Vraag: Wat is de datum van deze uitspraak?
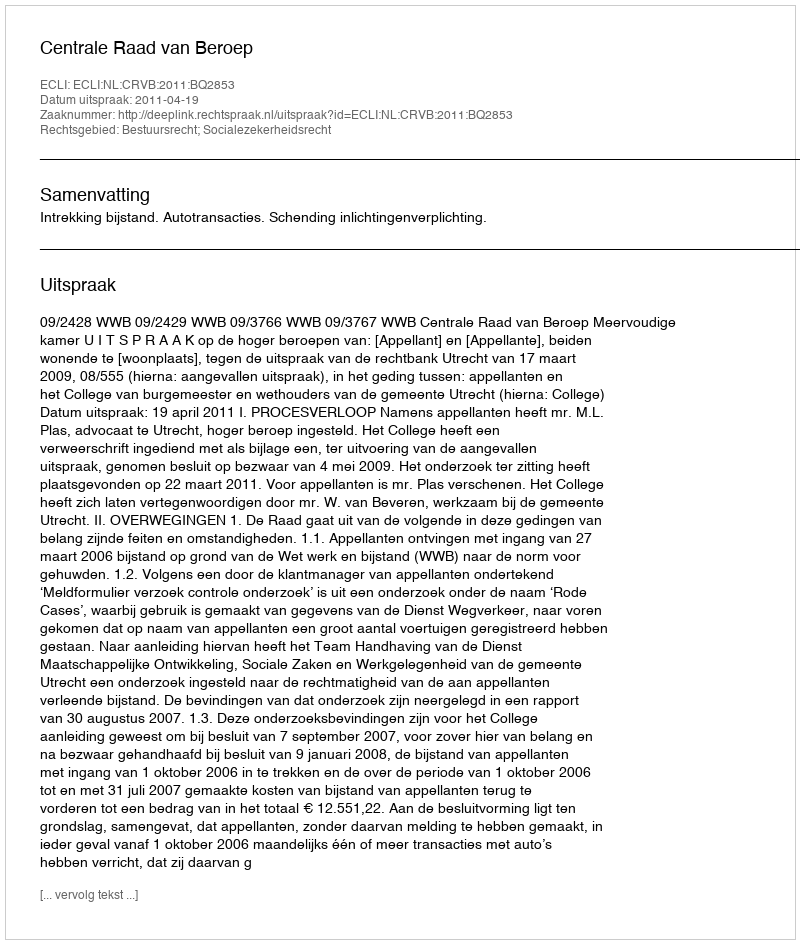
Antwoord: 2011-04-19